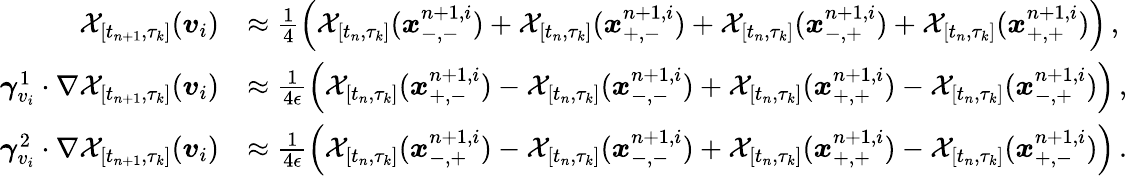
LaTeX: \begin{array}{rl}{\mathcal{X}_{[t_{n+1},\tau_{k}]}(\boldsymbol{v}_{i})}&{\approx\frac{1}{4}\left(\mathcal{X}_{[t_{n},\tau_{k}]}(\boldsymbol{x}_{-,-}^{n+1,i})+\mathcal{X}_{[t_{n},\tau_{k}]}(\boldsymbol{x}_{+,-}^{n+1,i})+\mathcal{X}_{[t_{n},\tau_{k}]}(\boldsymbol{x}_{-,+}^{n+1,i})+\mathcal{X}_{[t_{n},\tau_{k}]}(\boldsymbol{x}_{+,+}^{n+1,i})\right)\, ,}\\ {\boldsymbol{\gamma}_{v_{i}}^{1}\cdot\nabla\mathcal{X}_{[t_{n+1},\tau_{k}]}(\boldsymbol{v}_{i})}&{\approx\frac{1}{4\epsilon}\left(\mathcal{X}_{[t_{n},\tau_{k}]}(\boldsymbol{x}_{+,-}^{n+1,i})-\mathcal{X}_{[t_{n},\tau_{k}]}(\boldsymbol{x}_{-,-}^{n+1,i})+\mathcal{X}_{[t_{n},\tau_{k}]}(\boldsymbol{x}_{+,+}^{n+1,i})-\mathcal{X}_{[t_{n},\tau_{k}]}(\boldsymbol{x}_{-,+}^{n+1,i})\right)\, ,}\\ {\boldsymbol{\gamma}_{v_{i}}^{2}\cdot\nabla\mathcal{X}_{[t_{n+1},\tau_{k}]}(\boldsymbol{v}_{i})}&{\approx\frac{1}{4\epsilon}\left(\mathcal{X}_{[t_{n},\tau_{k}]}(\boldsymbol{x}_{-,+}^{n+1,i})-\mathcal{X}_{[t_{n},\tau_{k}]}(\boldsymbol{x}_{-,-}^{n+1,i})+\mathcal{X}_{[t_{n},\tau_{k}]}(\boldsymbol{x}_{+,+}^{n+1,i})-\mathcal{X}_{[t_{n},\tau_{k}]}(\boldsymbol{x}_{+,-}^{n+1,i})\right)\, .}\end{array}